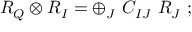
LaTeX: R _ { Q } \otimes R _ { I } = \oplus _ { J } \ C _ { I J } \ R _ { J } \ ;